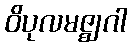
ဝိပုလမဇ္ဈဂါ